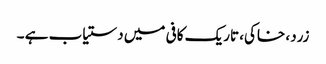
زرد، خاکی، تاریک کافی میں دستیاب ہے ۔